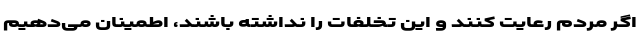
اگر مردم رعایت کنند و این تخلفات را نداشته باشند، اطمینان می‌دهیم